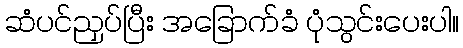
ဆံပင်ညှပ်ပြီး အခြောက်ခံ ပုံသွင်းပေးပါ။